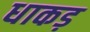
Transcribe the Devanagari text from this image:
धाकड़